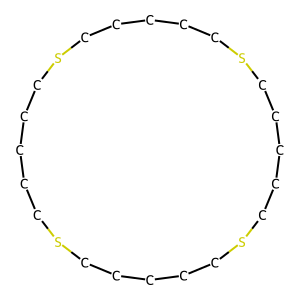
SMILES: C1CCSCCCCCSCCCCCSCCCCCSCC1
Inhibits HIV replication: No